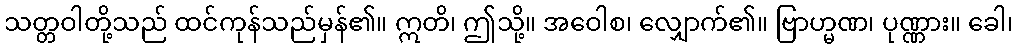
သတ္တဝါတို့သည် ထင်ကုန်သည်မှန်၏။ ဣတိ၊ ဤသို့။ အဝေါစ၊ လျှောက်၏။ ဗြာဟ္မဏ၊ ပုဏ္ဏား။ ခေါ၊